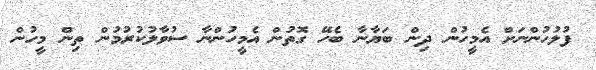
ފުލުހުންނަށް އެމީހުން ދިން ބަޔާނާ ބެހޭ ގޮތުން އެމީހުންނާ ސުވާލުކުރުމުން ތިން މީހުން